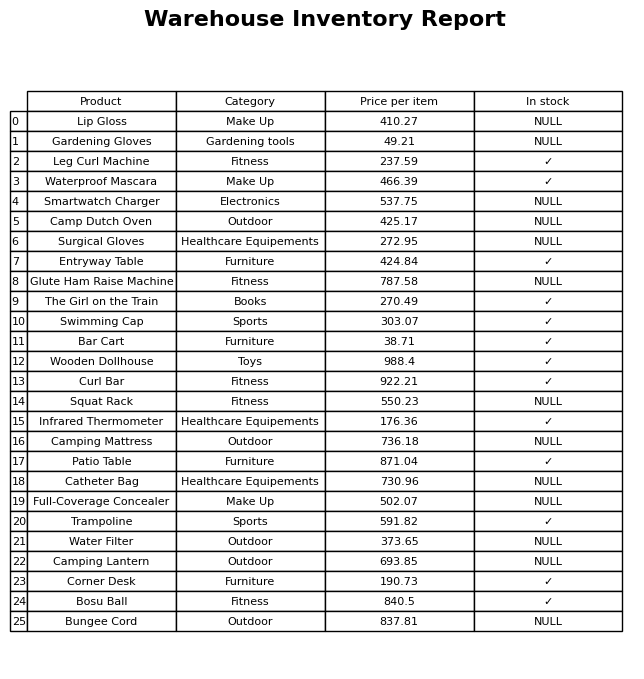
question: What is the stock status of the Bar Cart?
answer: ✓